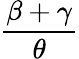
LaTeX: \frac{\beta+\gamma}{\theta}